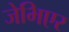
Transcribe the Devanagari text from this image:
जेभिएर